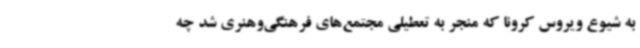
به شیوع ویروس کرونا که منجر به تعطیلی مجتمع‌های فرهنگی‌وهنری شد چه